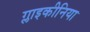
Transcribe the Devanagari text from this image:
ग्लाइकीनिया